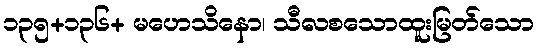
၁၃၅+၁၃၆+ မဟေသိနော၊ သီလစသောထူးမြတ်သော